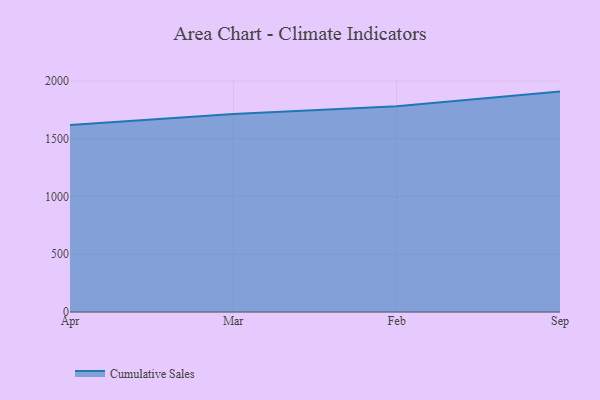
{"axis": {"x": "Month", "y": "Website Visitors"}, "legend": ["Cumulative Sales"], "data": [{"x": "Apr", "y": 1618.9, "type": "Cumulative Sales"}, {"x": "Mar", "y": 1714.0, "type": "Cumulative Sales"}, {"x": "Feb", "y": 1781.6, "type": "Cumulative Sales"}, {"x": "Sep", "y": 1909.0, "type": "Cumulative Sales"}]}